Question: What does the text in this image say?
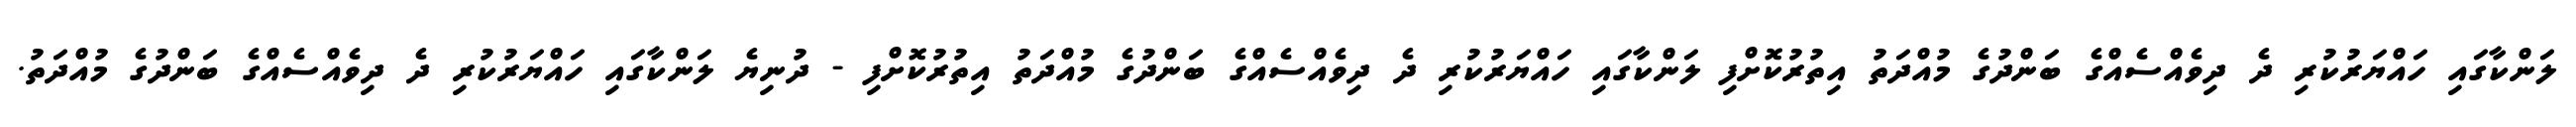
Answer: ލަންކާގައި ހައްޔަރުކުރި ދެ ދިވެއްސެއްގެ ބަންދުގެ މުއްދަތު އިތުރުކޮށްފި ލަންކާގައި ހައްޔަރުކުރި ދެ ދިވެއްސެއްގެ ބަންދުގެ މުއްދަތު އިތުރުކޮށްފި - ދުނިޔެ ލަންކާގައި ހައްޔަރުކުރި ދެ ދިވެއްސެއްގެ ބަންދުގެ މުއްދަތު.